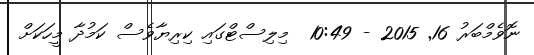
ނޮވެމްބަރު 16